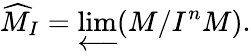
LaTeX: {\widehat{M}}_{I}=\varprojlim(M/I^{n}M).